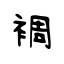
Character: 裯